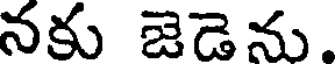
నకు జెడెను.